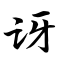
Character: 讶